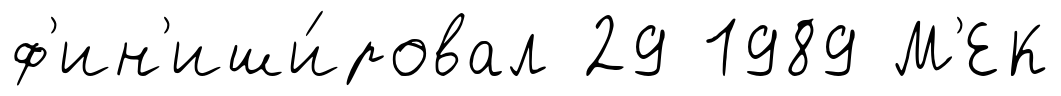
ф'ин'иши́ровал 29 1989 М'ЕК